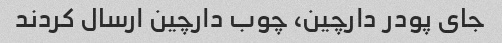
جای پودر دارچین، چوب دارچین ارسال کردند